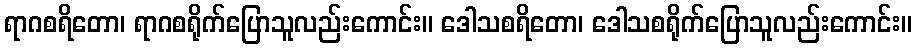
ရာဂစရိတော၊ ရာဂစရိုက်ပြောသူလည်းကောင်း။ ဒေါသစရိတော၊ ဒေါသစရိုက်ပြောသူလည်းကောင်း။